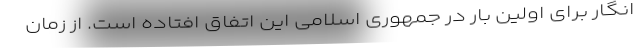
انگار برای اولین بار در جمهوری اسلامی این اتفاق افتاده است. از زمان